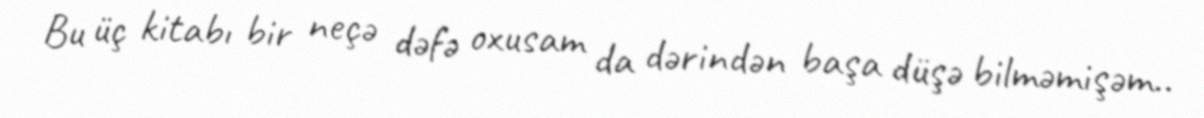
Bu üç kitabı bir neçə dəfə oxusam da dərindən başa düşə bilməmişəm..